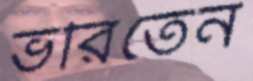
ভরিতেন